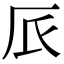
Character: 𠨸